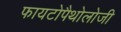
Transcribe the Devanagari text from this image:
फायटोपैथोलोजी